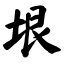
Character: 垠